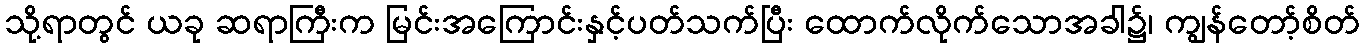
သို့ရာတွင် ယခု ဆရာကြီးက မြင်းအကြောင်းနှင့်ပတ်သက်ပြီး ထောက်လိုက်သောအခါ၌၊ ကျွန်တော့်စိတ်